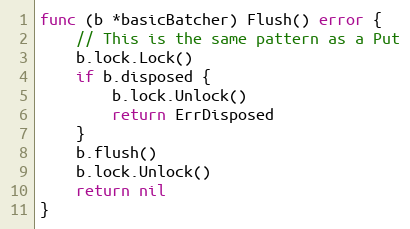
Language: Go
func (b *basicBatcher) Flush() error {
	// This is the same pattern as a Put
	b.lock.Lock()
	if b.disposed {
		b.lock.Unlock()
		return ErrDisposed
	}
	b.flush()
	b.lock.Unlock()
	return nil
}